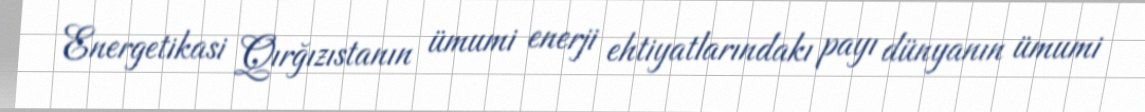
Energetikasi Qırğızıstanın ümumi enerji ehtiyatlarındakı payı dünyanın ümumi